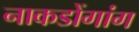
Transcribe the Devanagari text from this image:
नाकडोंगांग